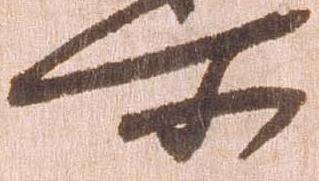
所